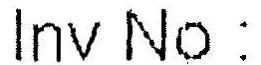
INV NO :